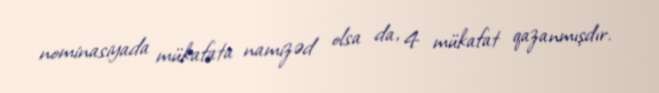
nominasiyada mükafata namizəd olsa da, 4 mükafat qazanmışdır.